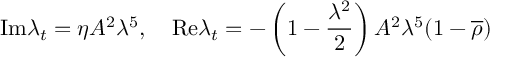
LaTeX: \mathrm { I m } \lambda _ { t } = \eta A ^ { 2 } \lambda ^ { 5 } , \quad \mathrm { R e } \lambda _ { t } = - \left( 1 - \frac { \lambda ^ { 2 } } { 2 } \right) A ^ { 2 } \lambda ^ { 5 } ( 1 - \overline { { { \rho } } } )